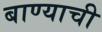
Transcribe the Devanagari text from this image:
बाण्याची